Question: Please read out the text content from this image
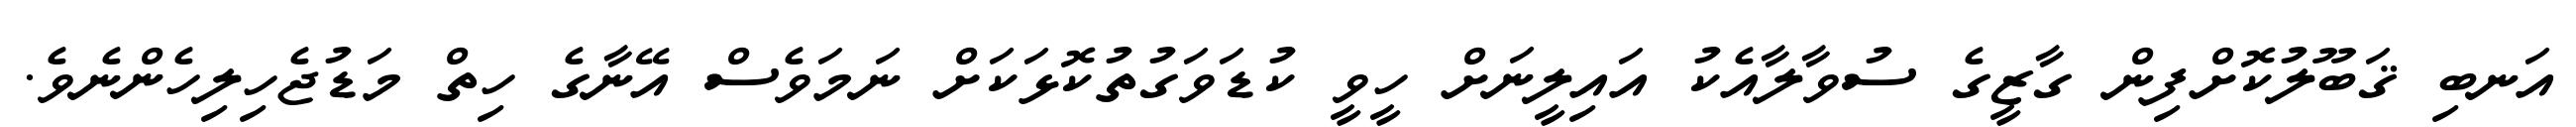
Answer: އަނބި ޤަބޫލުކޮށްފިން ގާޒީގެ ސުވާލާއެކު އައިލީނަށް ހީވީ ކުޑަވަގުތުކޮޅަކަށް ނަމަވެސް އޭނާގެ ހިތް މަޑުޖެހިލިހެންނެވެ.